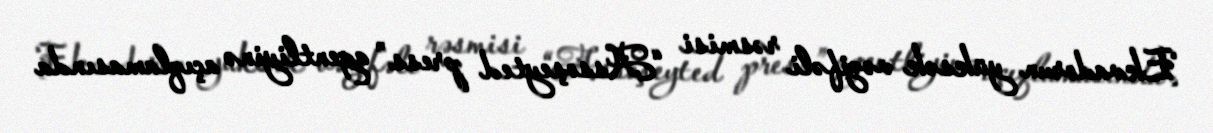
Ekvadorun yüksək vəzifəli rəsmisi “Assoşeyted press” agentliyinə açıqlamasında